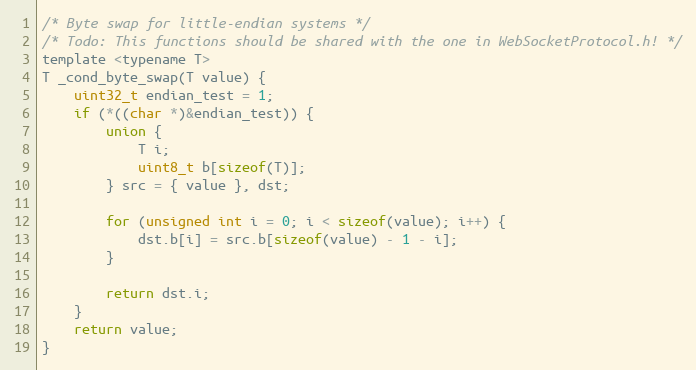
Language: C
/* Byte swap for little-endian systems */
/* Todo: This functions should be shared with the one in WebSocketProtocol.h! */
template <typename T>
T _cond_byte_swap(T value) {
    uint32_t endian_test = 1;
    if (*((char *)&endian_test)) {
        union {
            T i;
            uint8_t b[sizeof(T)];
        } src = { value }, dst;

        for (unsigned int i = 0; i < sizeof(value); i++) {
            dst.b[i] = src.b[sizeof(value) - 1 - i];
        }

        return dst.i;
    }
    return value;
}